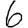
Digit: 6